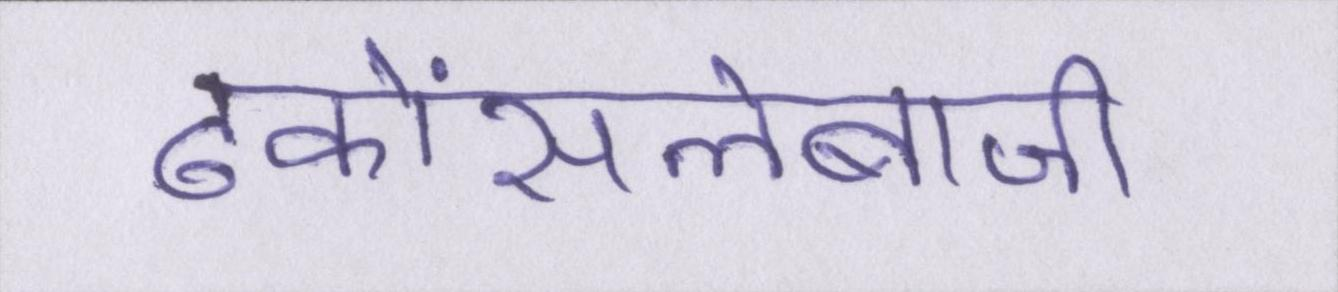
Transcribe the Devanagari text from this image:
ढकोंसलेबाजी